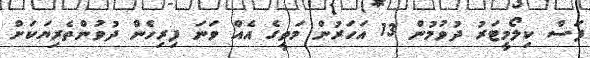
ފަސް ކިލޯމީޓަރު ދުވުމުން 13 އަހަރުން މަތީގެ އެއް ވަނަ ފިރިހެން ދުވުންތެރިޔަކަށް